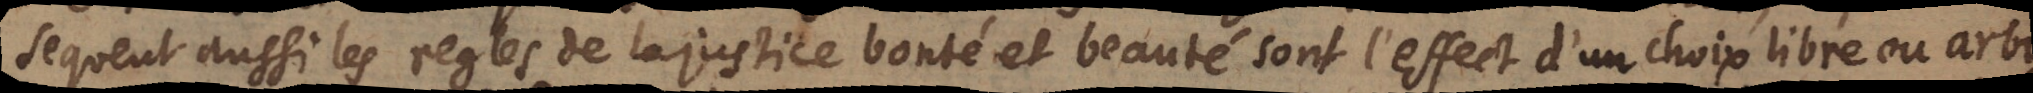
sequent aussi les regles de la justice bonté et beauté sont l’effect d’un choix libre ou arbi